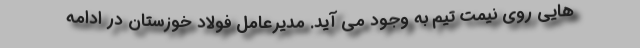
هایی روی نیمت تیم به وجود می آید. مدیرعامل فولاد خوزستان در ادامه